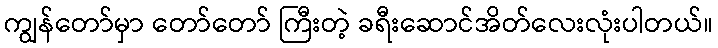
ကျွန်တော်မှာ တော်တော် ကြီးတဲ့ ခရီးဆောင်အိတ်လေးလုံးပါတယ်။